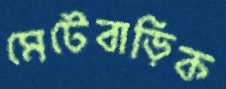
মেটেবাড়িক